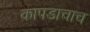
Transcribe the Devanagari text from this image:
कापडाचाच